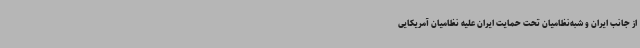
از جانب ایران و شبه‌نظامیان تحت حمایت ایران علیه نظامیان آمریکایی